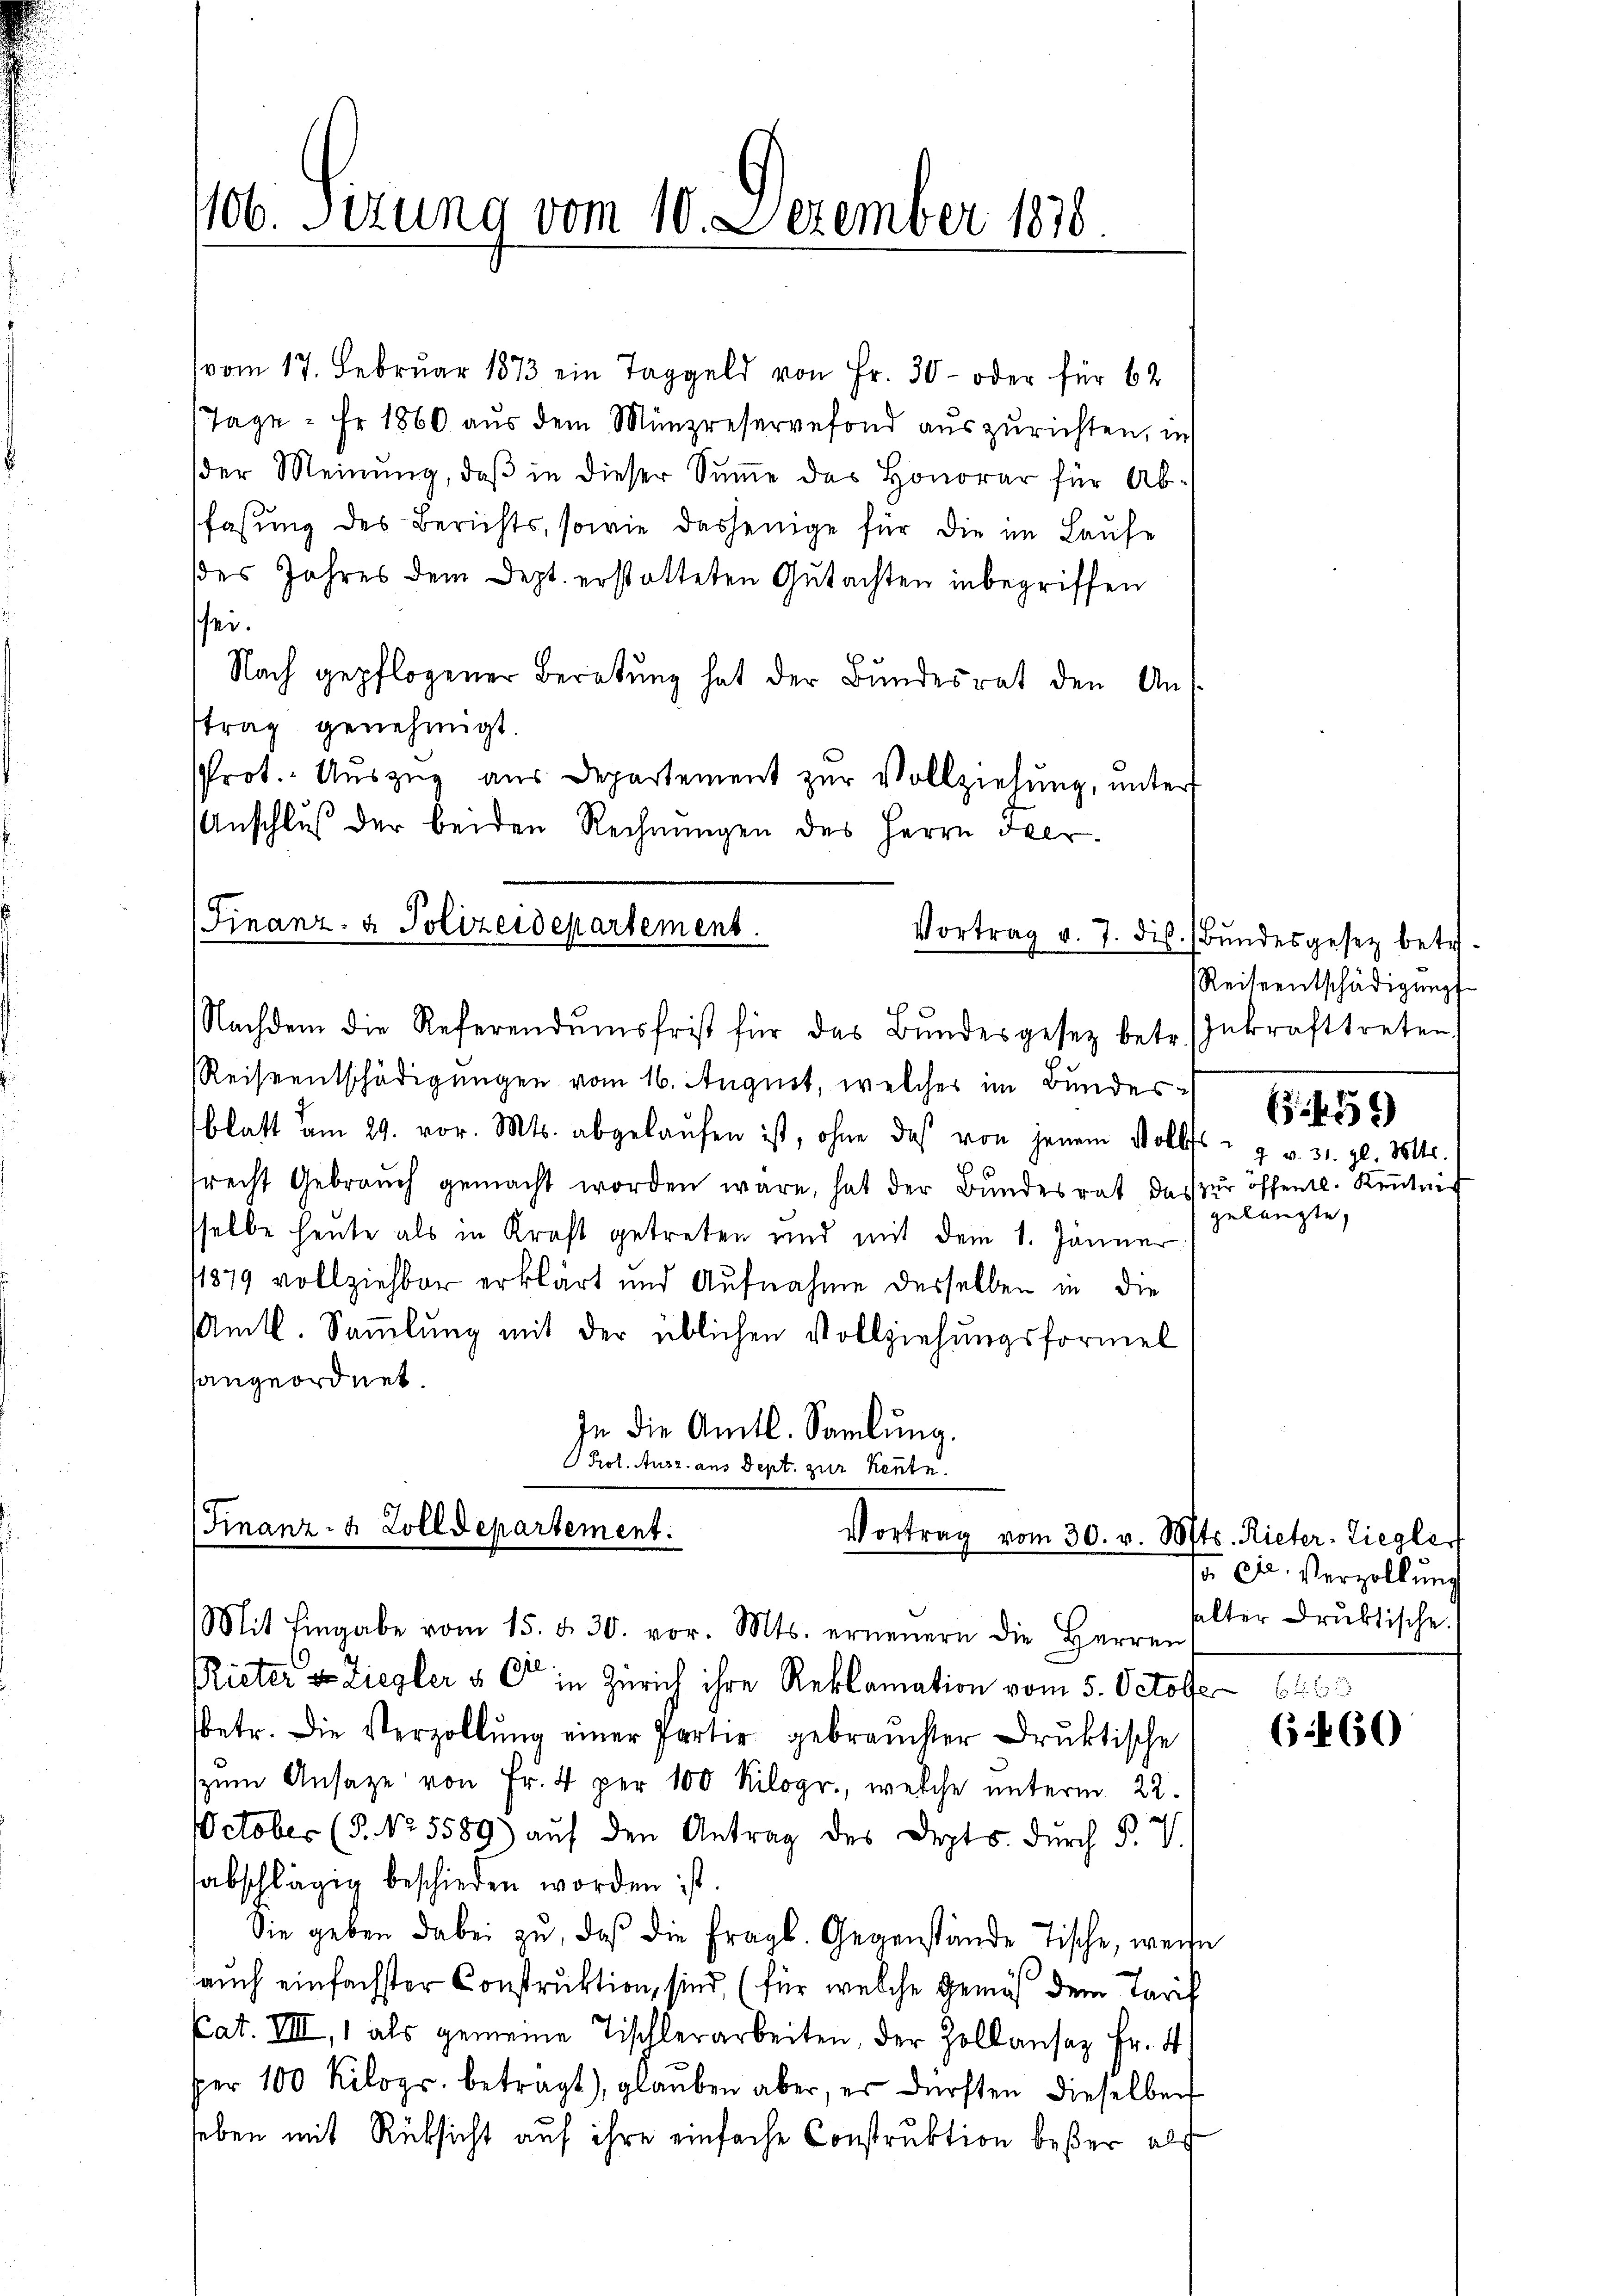
106. Sizung vom 10. Dezember 1810

vom 17. Februar 1873 ein Taggeld von Fr. 30- oder für 62
Tage - Fr 1860 aŭs dem Münzreservefond auszurichten, in
der Meinŭng, daβ in dieser Sŭṁe des Honorar für Abfassung des Berichts, sowie dasjenige für die im Laufe
des Jahres dem Dept. erstatteten Gutachten inbegriffen
sei.
Nach gepflogener Beratung hat der Bundesrat den Antrag genehmigt.
Prot. Aŭszŭg aŭs Departement zŭr Vollziehŭng ŭnter
Anschluß der beiden Rechnungen des Herrn Iner
(Finanz- & Polizeidepartement.
Vortrag v. 7. dis. Bŭndesgesez betr.
Nachdem die Referendumsfrist für das Bundesgesetz betr. Inkrafttreten
Reiseentschädigungen vom 16. August, welches im Bundesblatt am 29. vor. Mts. abgelaŭfen ist, ohne das von jenem Volles 7 v. 31. gl. Mts.
recht Gebrauch gemacht worden wäre, hat der Bundesrat das zur öffentl. Kenntnis
sselbe heute als in Kraft getreten und mit dem 1. Jänner
1879 vollziehbar erklärt und Aufnahme desselben in die
mtl. Sammlung mit der üblichen Vollziehungsformel
sangeordnet.
In die Amtl. Samlung.
Prot. Ausz aus Sept. zur Kennte.
Finanz- & Zolldepartement.

Vortrag vom 30. v. Mts. Rieter Liegler
Mit Eingabe vom 15. d. 30. vor. Mts. erneuern die Herren

Rieter & Ziegler & C in Zürich ihre Reklamation vom 5. October 1646
betr. Die Verzollŭng einer Partie gebrauchter Druktische
zum Ansage von Fr. 4 per 100 Kilogr., welche unterm 22.
October (§. No. 5589) aŭf den Antrag des Depts. dŭrch P. V.
sabschlägig beschieden worden ist
Sie geben dabei zŭ, daß die fragl. Gegenstände Tische, weise
auch einfachster Construktion, sind (für welche Gemäß dem Tarif
Cat. VIII, 1 als gemeine Tischlerarbeiten, der Zollansaz Fr. 4
per 100 Kilogr. betragt, glaŭben aber, es dürften dieselben
heben mit Rücksicht auf ihre einfache Construktion beßer als

Reiseentschädigungs-

459

gelangte,

ca. Verzöllung
salter Druktische.

e

6f 60